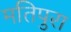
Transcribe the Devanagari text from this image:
मतिपुरा